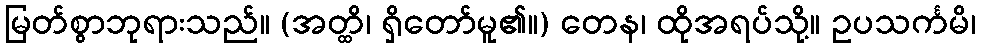
မြတ်စွာဘုရားသည်။ (အတ္ထိ၊ ရှိတော်မူ၏။) တေန၊ ထိုအရပ်သို့။ ဥပသင်္ကမိ၊